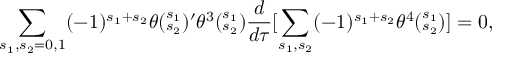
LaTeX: \sum _ { { s _ { 1 } , s _ { 2 } } = { 0 , 1 } } ( - 1 ) ^ { s _ { 1 } + s _ { 2 } } \theta ( _ { s _ { 2 } } ^ { s _ { 1 } } ) ^ { \prime } \theta ^ { 3 } ( _ { s _ { 2 } } ^ { s _ { 1 } } ) \frac { d } { d \tau } [ \sum _ { s _ { 1 } , s _ { 2 } } ( - 1 ) ^ { s _ { 1 } + s _ { 2 } } \theta ^ { 4 } ( _ { s _ { 2 } } ^ { s _ { 1 } } ) ] = 0 ,